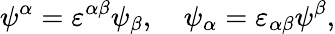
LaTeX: \psi^{\alpha}=\varepsilon^{\alpha\beta}\psi_{\beta},\quad\psi_{\alpha}=\varepsilon_{\alpha\beta}\psi^{\beta},